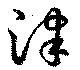
津